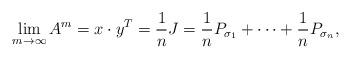
LaTeX: \begin{align*} \lim_{m\to \infty} A^ m =x\cdot y^T= \frac{1}{n}J = \frac{1}{n}P_{\sigma_1}+\cdots+\frac{1}{n}P_{\sigma_n}, \end{align*}